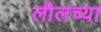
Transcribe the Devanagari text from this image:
लीलच्या